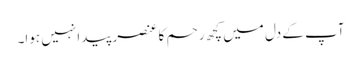
آپ کے دل میں کچھ رحم کا عنصر پیدا نہیں ہوا۔